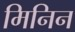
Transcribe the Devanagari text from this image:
मिनिन